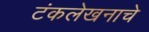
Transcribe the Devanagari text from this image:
टंकलेखनाचे